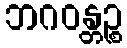
ဘဂဝန္တဉ္စ